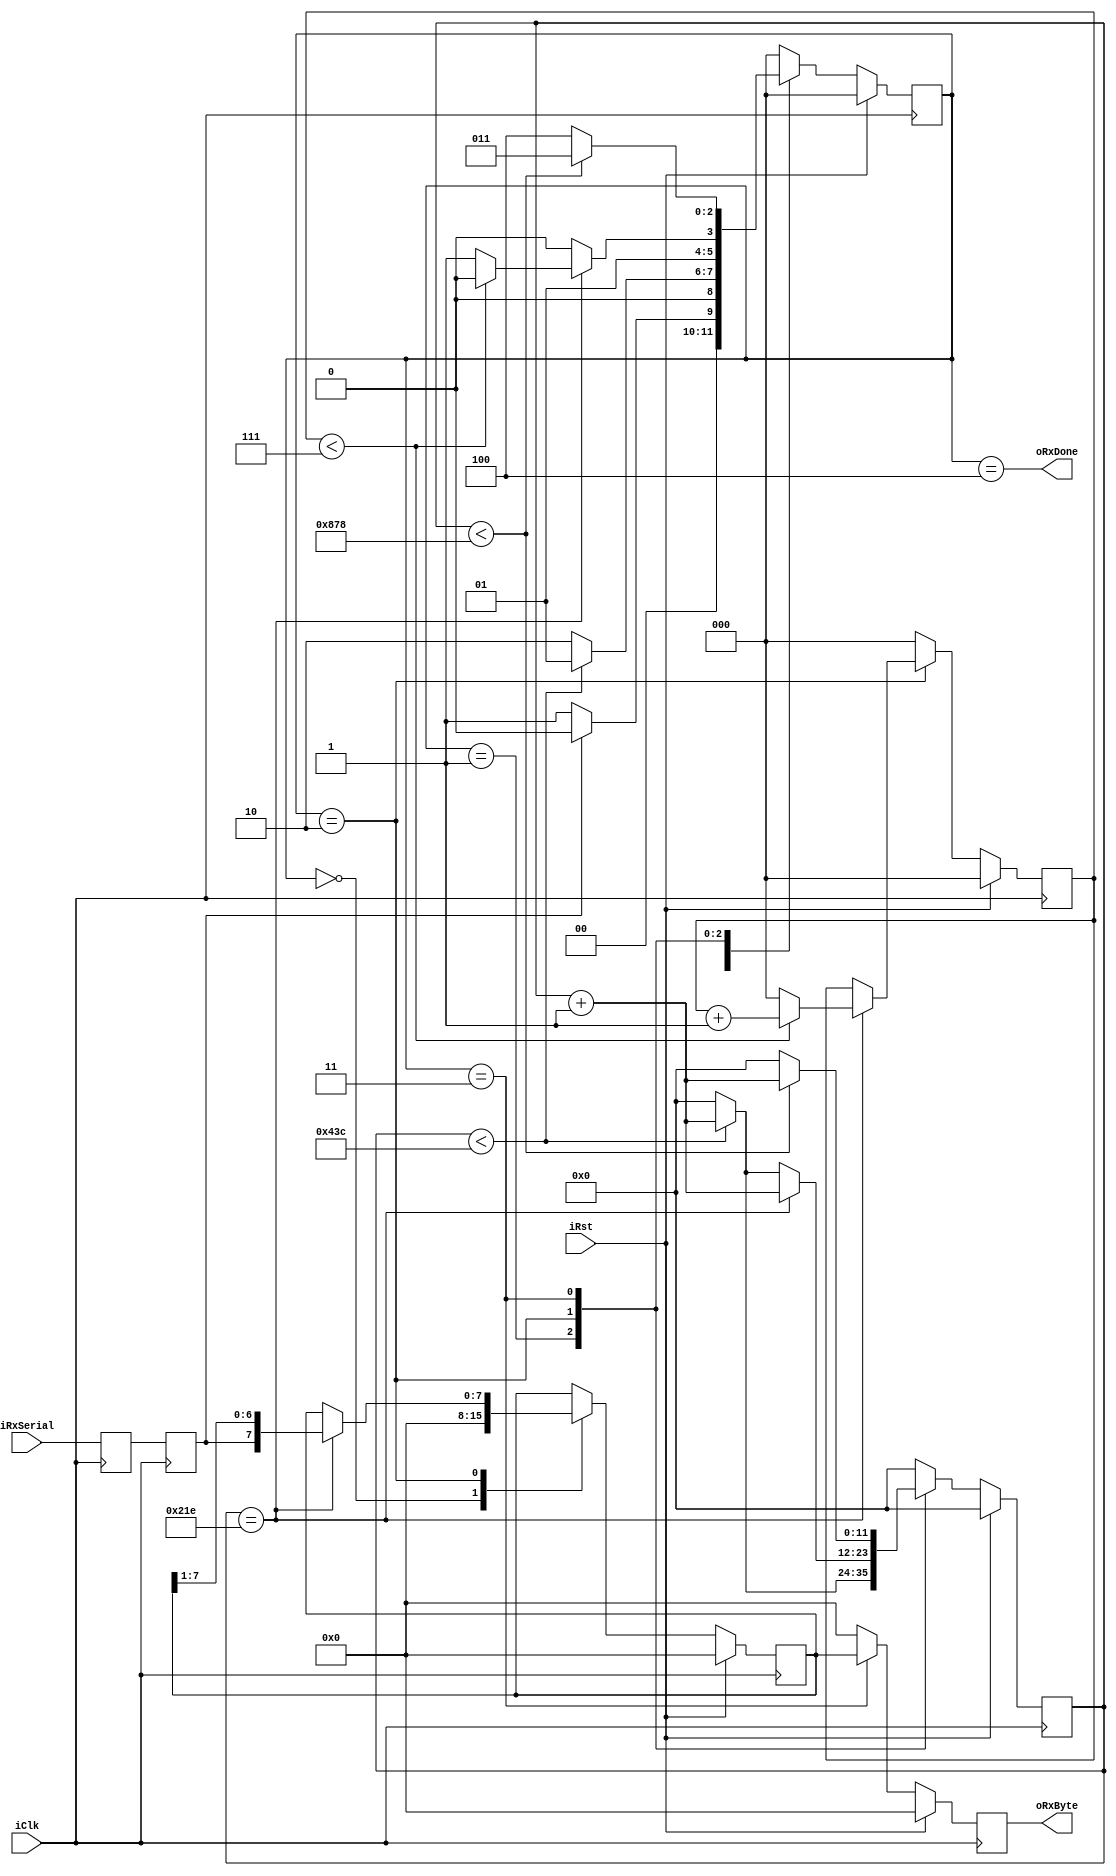
`timescale 1ns / 1ps
//////////////////////////////////////////////////////////////////////////////////
// Company: 
// Engineer: 
// 
// Design Name: 
// Module Name: uart_rx
// Project Name: 
// Target Devices: 
// Tool Versions: 
// Description: 
// 
// Dependencies: 
// 
// Revision:
// Revision 0.01 - File Created
// Additional Comments:
// 
//////////////////////////////////////////////////////////////////////////////////


module uart_rx #(
  parameter   CLK_FREQ      = 125_000_000,
  parameter   BAUD_RATE     = 115_200,
  // Example: 125 MHz Clock / 115200 baud UART -> CLKS_PER_BIT = 1085 
  parameter   CLKS_PER_BIT  = CLK_FREQ / BAUD_RATE
)
(
  input wire        iClk, iRst,
  input wire        iRxSerial,
  output wire [7:0] oRxByte, 
  output wire       oRxDone
);

  // double register metastability mitigation
    reg rRx1, rRx2;
    
    always @(posedge iClk)
    begin
      rRx1 <= iRxSerial;
      rRx2 <= rRx1;
    end

  // State definition  
  localparam sIDLE         = 3'b000;
  localparam sRX_START     = 3'b001;
  localparam sRX_DATA      = 3'b010;
  localparam sRX_STOP      = 3'b011;
  localparam sDONE         = 3'b100;
  
  // -> FSM state
  reg [2:0] rFSM_Current, wFSM_Next; 
  
  // -> counter to keep track of the clock cycles
  reg [$clog2(CLKS_PER_BIT):0]   rCnt_Current, wCnt_Next;
    
  // -> counter to keep track of received bits
  // (between 0 and 7)
  reg [2:0] rBit_Current, wBit_Next;
  
  // -> the byte we are receiving 
  reg [7:0] rRxData_Current, wRxData_Next, rRxByteOut;
  
  
  // clocked update block
    always @(posedge iClk)
  begin
    if (iRst==1)
      begin
        rFSM_Current <= sIDLE;
        rCnt_Current <= 0;
        rBit_Current <= 0;
        rRxData_Current <= 0;
        rRxByteOut <= 0;
      end
    else
      begin
        rFSM_Current <= wFSM_Next;
        rCnt_Current <= wCnt_Next;
        rBit_Current <= wBit_Next;
        rRxData_Current <= wRxData_Next;
        if (rFSM_Current == sRX_STOP)
            rRxByteOut <= rRxData_Current;
        else
            rRxByteOut <= 0;
      end
  end
  
  // next state logic combinational definition
  
  always @(*)
    begin
      
      case (rFSM_Current)
      
        // IDLE STATE:
        // -> we simply wait here until rRx2 line is pulled low
        // -> when that is asserted, we shift into the sRxStart state
        sIDLE :
          begin
            wCnt_Next = 0;
            wBit_Next = 0;
            wRxData_Next = 0;
             
            if (rRx2 == 0)
              begin
                wFSM_Next = sRX_START;
                
              end
            else
             begin    
                wFSM_Next = sIDLE;
             end
          end 
           
        // RX_START STATE:
        // -> we stay here for the duration of the start bit,
        //    which takes CLKS_PER_BIT clock cycles
        // -> we use rCnt_Current to keep track of clock cycles 
        sRX_START :
            begin
              wRxData_Next = rRxData_Current;
              wBit_Next = 0;
               
              if (rCnt_Current < (CLKS_PER_BIT - 1) )
                begin
                  wFSM_Next = sRX_START;
                  wCnt_Next = rCnt_Current + 1;
                end
              else
                begin
                  wFSM_Next = sRX_DATA;
                  wCnt_Next = 0;
                end
            end 
           
           
          // RX_DATA STATE:
          // -> we stay here for the duration of the byte receiving,
          //    which takes 8 * CLKS_PER_BIT clock cycles     
          // -> we use rCnt_Current to keep track of clock cycles 
          // -> we use rBit_Current to keep track of number of bits
        
          // -> when rBit_Current increases, we shift the contents of the
          //    rRxData_Current register
          
          sRX_DATA :
            begin
              if (rCnt_Current == CLKS_PER_BIT/2)
                begin
                if (rBit_Current < 7)
                    begin
                      wFSM_Next = sRX_DATA;
                      wBit_Next = rBit_Current + 1;
                      wCnt_Next = rCnt_Current + 1;
                      wRxData_Next = { rRx2, rRxData_Current[7:1] }; // shift right and set leftmost bit to new data on Rx line
                    end
                  else
                    begin
                      wFSM_Next = sRX_STOP;
                      wBit_Next = 0;
                      wCnt_Next = rCnt_Current + 1;
                      wRxData_Next = { rRx2, rRxData_Current[7:1] };
                    end
                end
              else if (rCnt_Current < (CLKS_PER_BIT - 1))
                begin
                  wFSM_Next = sRX_DATA;
                  wCnt_Next = rCnt_Current + 1;
                  wRxData_Next = rRxData_Current;
                  wBit_Next = rBit_Current;
                end
              else
                begin
                  wFSM_Next = sRX_DATA;
                  wCnt_Next = 0;
                  wRxData_Next = rRxData_Current;
                  wBit_Next = rBit_Current;
                end
            end  
            
           
          // RX_STOP STATE:
          // -> we stay here for the duration of the stop bit,
          //    which takes CLKS_PER_BIT clock cycles
          // -> we use rCnt_Current to keep track of clock cycles 
          sRX_STOP :
            begin
              wBit_Next = 0;
              wRxData_Next = rRxData_Current;
              if (rCnt_Current < 2*(CLKS_PER_BIT - 1) )
                begin
                  wFSM_Next = sRX_STOP;
                  wCnt_Next = rCnt_Current + 1;
                end
              else
                begin
                  wFSM_Next = sDONE;
                  wCnt_Next = 0;
                end
            end 
           
           
          // DONE STATE:
          // -> we stay here 1 clock cycle, we will use this state
          //    to assert the output oRxDone 
          sDONE :
            begin
              wRxData_Next = rRxData_Current;
              wBit_Next = 0;
              wCnt_Next = 0;
              wFSM_Next = sIDLE;
            end
           
           
          default :
            begin
              wFSM_Next = sIDLE;
              wCnt_Next = 0;
              wBit_Next = 0;
              wRxData_Next = rRxData_Current;
            end 
        endcase
    end

// output logic
assign oRxDone = (rFSM_Current == sDONE); // we are done if current state is sDone
assign oRxByte = rRxByteOut; // output byte is data in RxData_Current register (updated in sDone only)

endmodule